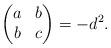
LaTeX: \begin{align*}\begin{pmatrix} a & b \\ b & c \end{pmatrix} = -d^2.\end{align*}